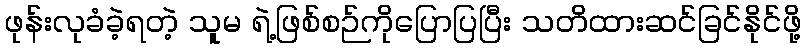
ဖုန်းလုခံခဲ့ရတဲ့ သူမ ရဲ့ဖြစ်စဉ်ကိုပြောပြပြီး သတိထားဆင်ခြင်နိုင်ဖို့